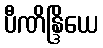
ပီဏိန္ဒြိယေ